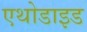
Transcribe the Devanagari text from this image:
एथोडाइड